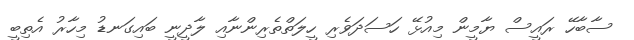
ސާބާހޭ ރައީސް ޔާމީން މިއުޅޭ ހަސަދަވެރި ހީލަތްތެރިންނާއި ލާދީނީ ބައިގަނޑު މިހާރު އެތިބީ